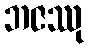
ဘဇဿု